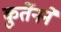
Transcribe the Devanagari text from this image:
कुर्तेनने